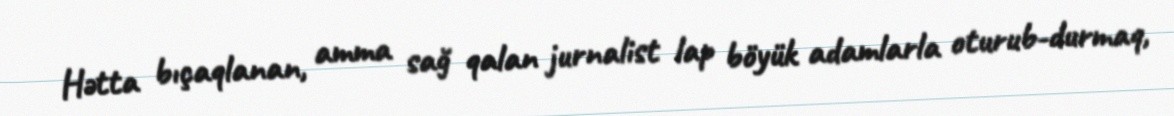
Hətta bıçaqlanan, amma sağ qalan jurnalist lap böyük adamlarla oturub-durmaq,